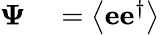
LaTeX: \begin{array}{rl}{\mathbf{\Psi}}&{{}=\left\langle\mathbf{e}\mathbf{e}^{\dagger}\right\rangle}\end{array}